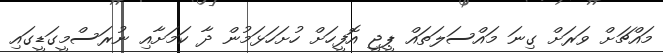
މައްޗަށް ވަރަށް ގިނަ މައްސަލަތައް ޕީޖީ އޮފީހަށް ހުށަހަޅަމުން ދާ ކަމަށާއި ނުރަސްމީގަޑީގައި